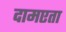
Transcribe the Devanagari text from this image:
दामएता